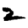
Digit: 2